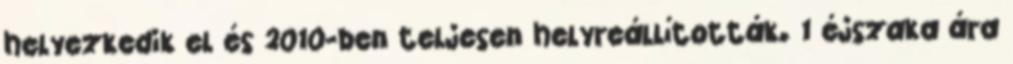
helyezkedik el és 2010-ben teljesen helyreállították. 1 éjszaka ára